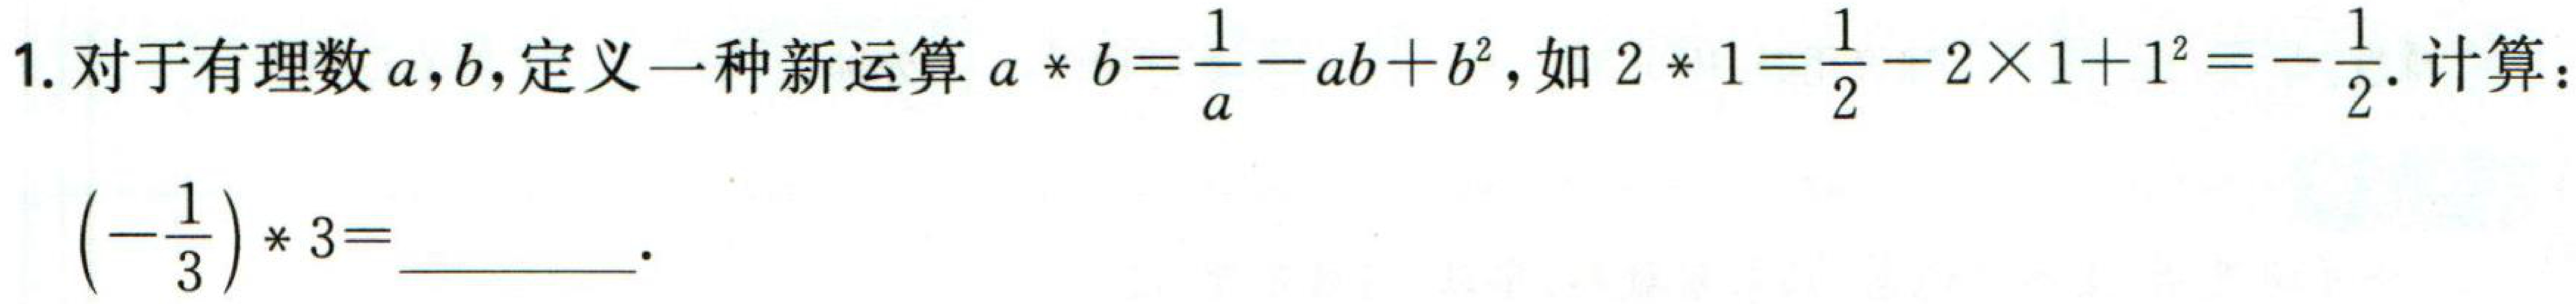
1. 对于有理数\(a,b\)，定义一种新运算\(a * b=\frac{1}{a}-ab + b^{2}\)，如\(2*1=\frac{1}{2}-2\times1 + 1^{2}=-\frac{1}{2}\). 计算：

\(\left(-\frac{1}{3}\right)*3=\underline{\qquad\qquad}\).